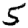
Digit: 5